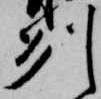
州